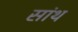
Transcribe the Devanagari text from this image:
सांथ